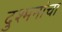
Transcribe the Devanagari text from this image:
दुश्मनांचा